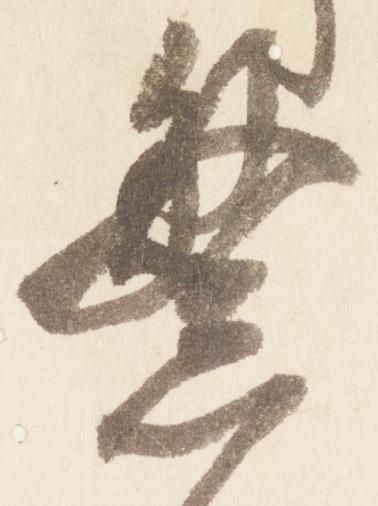
繁